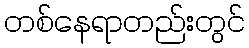
တစ်နေရာတည်းတွင်